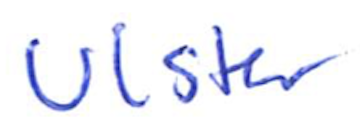
Text: Ulster
Cross-out: clean
Writing tool: ballpoint